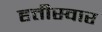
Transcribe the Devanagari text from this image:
हत्तीस्वार